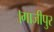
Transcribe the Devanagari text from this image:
।गाजीपुर